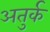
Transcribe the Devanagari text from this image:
अतुर्क